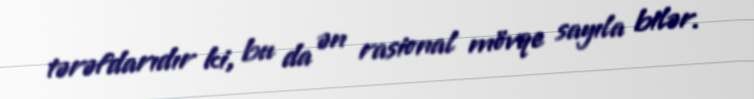
tərəfdarıdır ki, bu da ən rasional mövqe sayıla bilər.